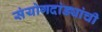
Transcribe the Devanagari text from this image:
संयोगदांड्यांची